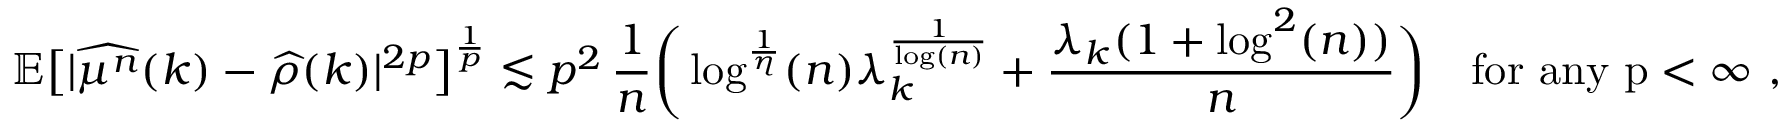
\mathbb { E } \big [ \vert \widehat { \mu ^ { n } } ( k ) - \widehat { \rho } ( k ) \vert ^ { 2 p } \big ] ^ { \frac { 1 } { p } } \lesssim p ^ { 2 } \, \frac { 1 } { n } \bigg ( \log ^ { \frac { 1 } { \eta } } ( n ) \lambda _ { k } ^ { \frac { 1 } { \log ( n ) } } + \frac { \lambda _ { k } ( 1 + \log ^ { 2 } ( n ) ) } { n } \bigg ) \quad \mathrm { f o r ~ a n y ~ p < \infty ~ } ,